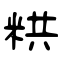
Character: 粠